Bulletin of the Pasteur Institute of Southern India, Coonoor - No. 3.
Year: 1910
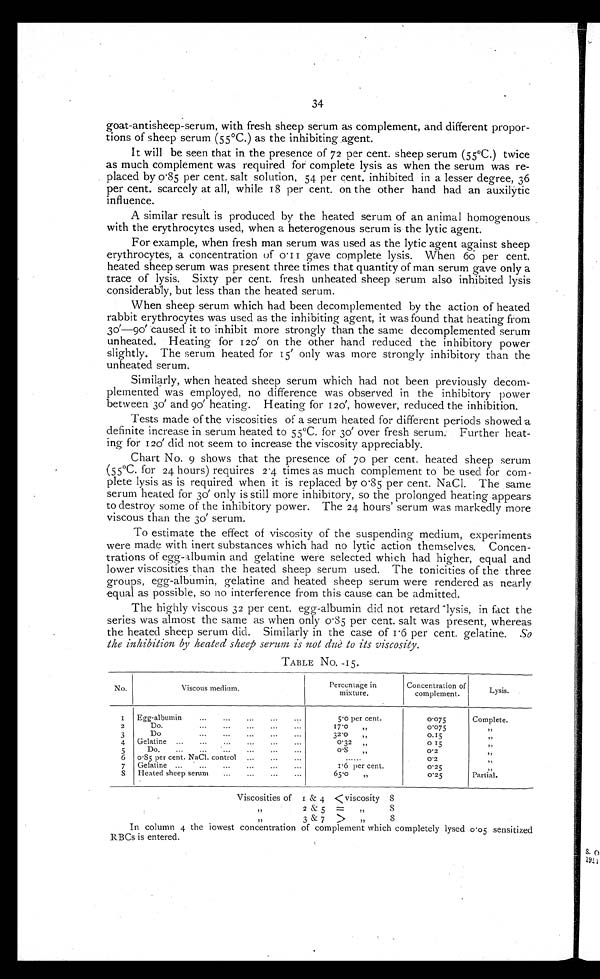
34
goat-antisheep-serum, with fresh sheep serum as complement, and different propor-
tions of sheep serum (55°C.) as the inhibiting ,agent.
It will be seen that in the presence of 72 per cent. sheep serum (55°C.) twice
as much complement was required for complete lysis as when the serum was re-
placed by 0.85 per cent. salt solution, 54 per cent, inhibited in a lesser degree, 36
per cent, scarcely at all, while 18 per cent. on the other hand had an auxilytic
influence.
A similar result is produced by the heated serum of an animal homogenous
with the erythrocytes used, when a heterogenous serum is the lytic agent.
For example, when fresh man serum was used as the lytic agent against sheep
erythrocytes, a concentration of 0.11 gave complete lysis. When 60 per cent,
heated sheep serum was present three times that quantity of man serum gave only a
trace of lysis. Sixty per cent. fresh unheated sheep serum also inhibited lysis
considerably, but less than th.e heated serum.
When sheep serum which had been decomplemented by the action of heated
rabbit erythrocytes was used as the inhibiting agent, it was found that heating from
3 0 ′
— 9 0
′ c a u s e d i t t o i n h i b i t m o r e s t r o n g l y t h a n t h e s a m e d e c o m p l e m e n t e d s e r u m
unheated. Heating for 120′ o n t h e o t h e r h a n d r e d u c e d t h e i n h i b i t o r y p o w e r
slightly. The serum heated for 15 ′ only was more strongly inhibitory than the
unheated serum.
Similarly, when heated sheep serum which had not been previously decom-
plemented was employed, no difference was observed in the inhibitory power
between 30′ and 90′ heating. Heating for 120′, however, reduced the inhibition.
Tests made of the viscosities of a serum heated for different periods showed a
definite increase in serum heated to 55°C. for 30 ′ over fresh serum: Further heat-
ing- for 120′ did not seem to increase the viscosity appreciably.
Chart No. 9 shows that the presence of 70 per cent. heated sheep serum
(55°C. for 24 hours) requires 2 . 4 times as much complement to be used for com
plete lysis as is required when it is replaced by 0.85 per cent. NaCl. The same
serum heated for 30′ o n l y i s s t i l l m o r e i n h i b i t o r y , s o t h e p r o l o n g e d h e a t i n g a p p e a r s
to destroy some of the inhibitory power. The 24 hours' serum was markedly more
viscous than the 30′ serum.
To estimate the effect of viscosity of the suspending medium, experiments
were made with inert substances which had no lytic action themselves. Concen-
trations of egg-albumin and gelatine were selected which had higher, equal and
lower viscosities than the heated sheep serum used. The tonicities of the three
groups, egg-albumin, gelatine and heated sheep serum were rendered as nearly
equal as possible, so no interference from this cause can be admitted.
The highly viscous 32 per cent. egg-albumin did not retard lysis, in fact the
series was almost the same as when only 0 . 85 per cent. salt was present whereas
the heated sheep serum did. Similarly in the case of 1.6 per cent. gelatine. So
the inhibition by heated sheep serum is not due to its viscosity.
TABLE NO. -15.
No .
Viscous medium.
Percentage in
mixture.
Concentration of
complement.
Lysis.
1
Egg-albumin
...
...
..,
...
5.0 per cent.
0.075
Complete.
2
Do.
...
...
...
...
...
17.0
„
0 . 0 7 5
„
3
...
..
Do.
...
...
...
32'0
„
0.15
,,
4
5
6
7
Gelatine...
0.85 per cent. NaCI. control
...
...
,.,
Gelatine ...
...
...
...
...
...
0.32
„
0.8
I,
1.6 per cent.
0 15
0.2
0 . 2
0.25
,,
S
Heated sheep serum
...
...
...
...
65.0
„
0.25
Partial.
Viscosities of
,,
,,
1 & 4
2 & 5
3 & 7
<viscosity
=
,,
>
,,
S
S
8
In column 4 the lowest concentration of complement which completely lysed 0 . 05 sensitized
RBCs is entered.